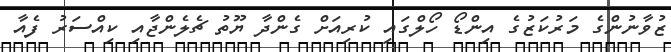
ޒުވާނުންގެ މަރުކަޒުގެ އިންޑޯ ހޯލްގައި ކުރިއަށް ގެންދާ ޔޫތު ޗެލެންޖާއި ކިއްސަރު ފެއާ